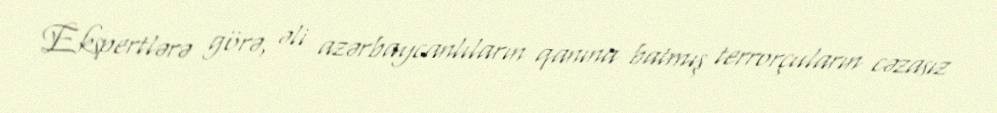
Ekspertlərə görə, əli azərbaycanlıların qanına batmış terrorçuların cəzasız